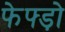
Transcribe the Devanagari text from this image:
फेफ्ड़ो